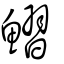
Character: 鰼